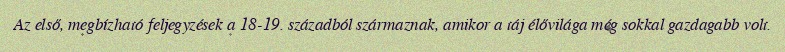
Az első, megbízható feljegyzések a 18-19. századból származnak, amikor a táj élővilága még sokkal gazdagabb volt.